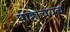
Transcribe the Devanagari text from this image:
पोहोचयच